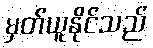
မှတ်ယူနိုင်သည်